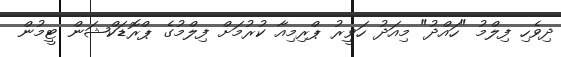
ދިވެހި ފިލްމު "ހައްދު" މިއަދު ހަވީރު ޕްރިމިއާ ކުރުމަށް ފިލްމުގެ ޕްރޮޑަކްޝަން ޓީމުން